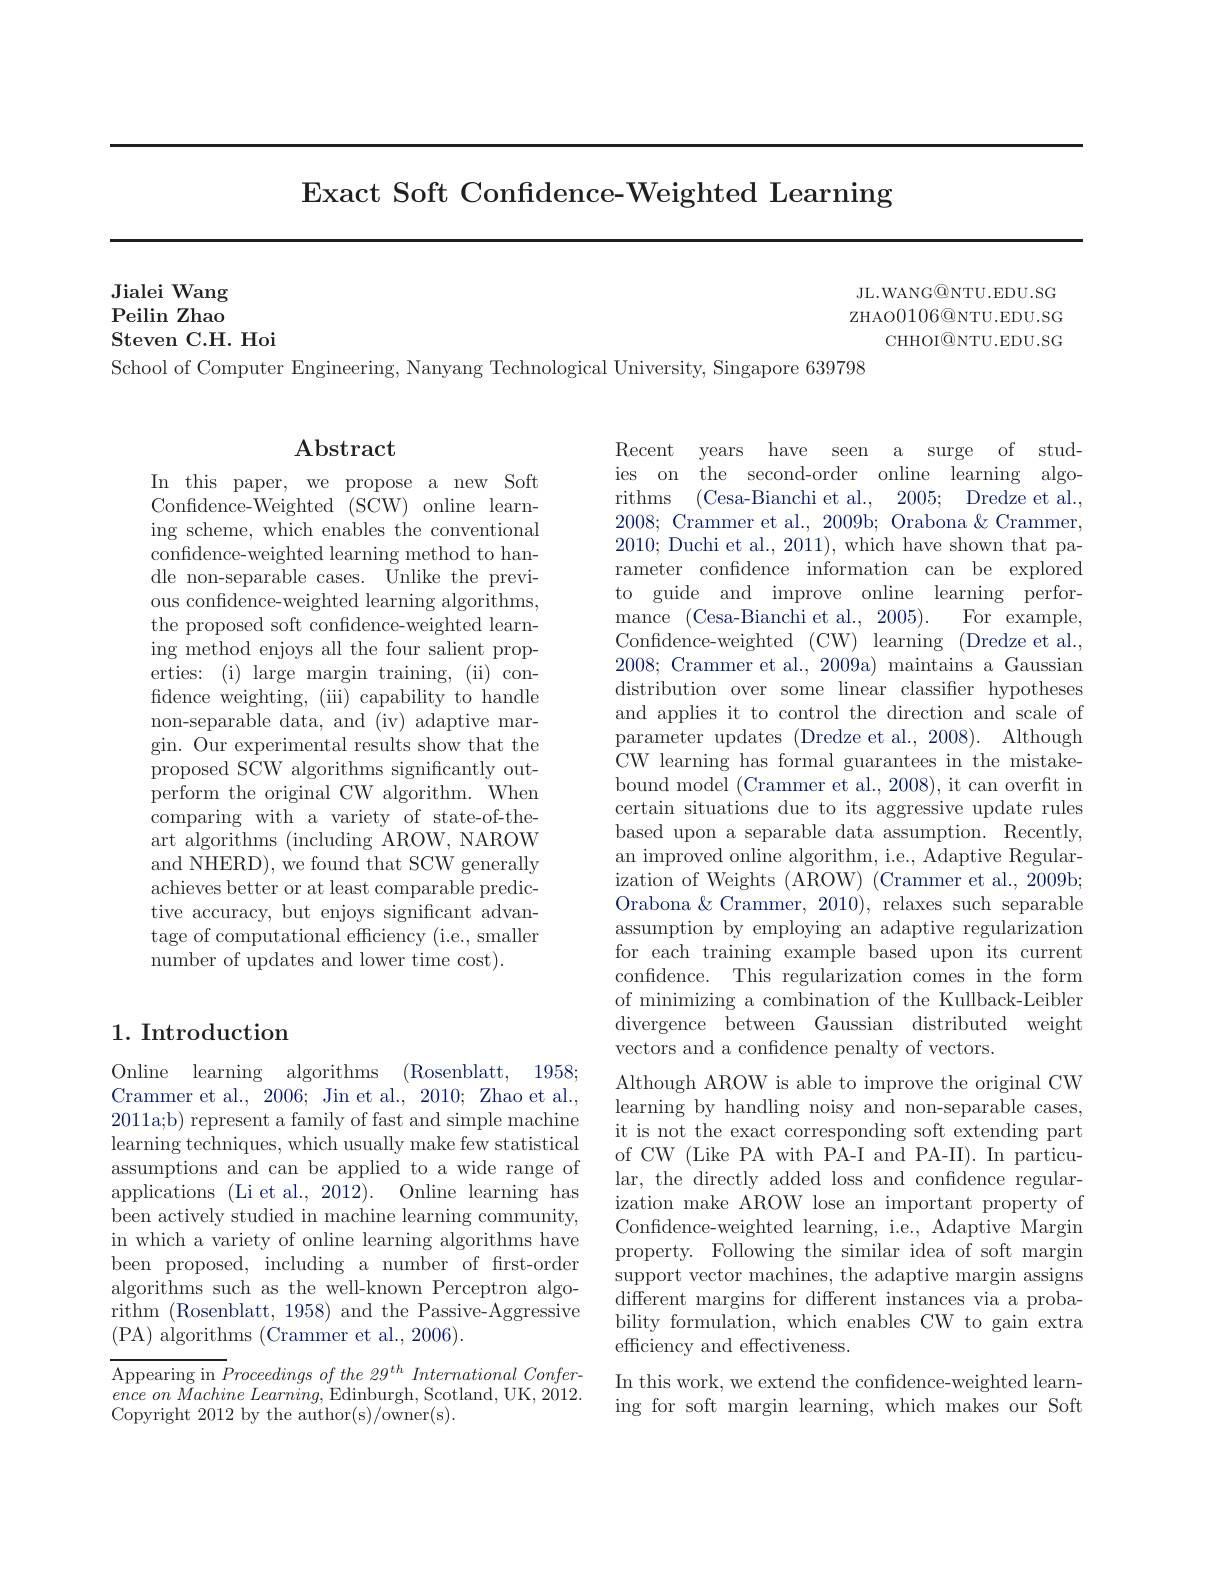
Exact Soft Confidence-Weighted Learning

Jialei Wang

Peilin Zhao

JL.WANG@NTU.EDU.SG ZHAO$0106@$NTU.EDU.SG
CHHOI@NTU.EDU.SG

Steven C.H. Hoi

School of Computer Engineering, Nanyang Technological University, Singapore 639798

## Abstract

In this paper, we propose a new Soft Confidence-Weighted (SCW) online learning scheme, which enables the conventional confidence-weighted learning method to handle non-separable cases. Unlike the previous confidence-weighted learning algorithms, the proposed soft confidence-weighted learning method enjoys all the four salient properties: (i) large margin training, (ii) confidence weighting, (iii) capability to handle non-separable data, and (iv) adaptive margin. Our experimental results show that the proposed SCW algorithms significantly outperform the original CW algorithm. When comparing with a variety of state-of-theart algorithms (including AROW, NAROW and NHERD), we found that SCW generally achieves better or at least comparable predictive accuracy, but enjoys significant advantage of computational efficiency (i.e., smaller number of updates and lower time cost).

Recent years have seen a surge of studies on the second-order online learning algorithms (Cesa-Bianchi et al., 2005; Dredze et al., 2008; Crammer et al., 2009b; Orabona $\&$ Crammer, 2010; Duchi et al., 2011), which have shown that parameter confidence information can be explored to guide and improve online learning performance (Cesa-Bianchi et al.,2005). For example, Confidence-weighted ( CW) learning ( Dredze et al. , 2008; Crammer et al., 2009a) maintains a Gaussian distribution over some linear classifier hypotheses and applies it to control the direction and scale of parameter updates (Dredze et al., 2008). Although CW learning has formal guarantees in the mistakebound model (Crammer et al., 2008), it can overfit in certain situations due to its aggressive update rules based upon a separable data assumption. Recently, an improved online algorithm, i.e., Adaptive Regularization of Weights (AROW) (Crammer et al., 2009b; Orabona & Crammer, 2010), relaxes such separable assumption by employing an adaptive regularization for each training example based upon its current confidence. This regularization comes in the form of minimizing a combination of the Kullback-Leibler divergence between Gaussian distributed weight vectors and a confidence penalty of vectors.
Although AROW is able to improve the original CW learning by handling noisy and non-separable cases, it is not the exact corresponding soft extending part of CW (Like PA with PA-I and PA-II). In particular, the directly added loss and confidence regularization make AROW lose an important property of Confdence-weighted learning, i.e., Adaptive Margin property. Following the similar idea of soft margin support vector machines, the adaptive margin assigns different margins for different instances via a probability formulation, which enables CW to gain extra efficiency and effectiveness.
In this work, we extend the confidence-weighted learning for soft margin learning, which makes our Soft

## 1. Introduction

Online learning algorithms (Rosenblatt, 1958; Crammer et al., 2006; Jin et al., 2010; Zhao et al., 2011a;b) represent a family of fast and simple machine learning techniques, which usually make few statistical assumptions and can be applied to a wide range of applications (Li et al., 2012). Online learning has been actively studied in machine learning community, in which a variety of online learning algorithms have been proposed, including a number of frst-order algorithms such as the well-known Perceptron algorithm (Rosenblatt, 1958) and the Passive-Aggressive (PA) algorithms (Crammer et al., 2006).

$\overline{\text{Appearing in }Proceedingsofthe~29^{th}~International~Confer-}$ ence $on$ Machine $Learning$, Edinburgh, Scotland, UK, 2012. Copyright 2012 by the author(s)/owner(s).